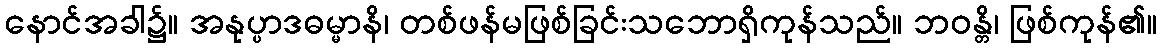
နောင်အခါ၌။ အနုပ္ပာဒဓမ္မာနိ၊ တစ်ဖန်မဖြစ်ခြင်းသဘောရှိကုန်သည်။ ဘဝန္တိ၊ ဖြစ်ကုန်၏။